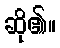
ဆို၏။